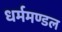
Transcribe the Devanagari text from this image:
धर्ममण्डल